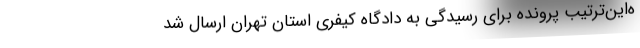
ه‌این‌ترتیب پرونده برای رسیدگی به دادگاه کیفری استان تهران ارسال شد